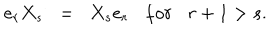
e _ { r } X _ { s } \; \; = \; \; X _ { s } e _ { r } f o r r + 1 > s .